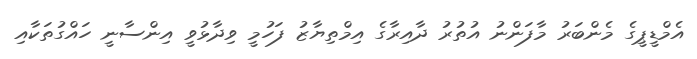
އެމްޑީޕީގެ މެންބަރު މާފަންނު އުތުރު ދާއިރާގެ އިމްތިޔާޒު ފަހުމީ ވިދާޅުވީ އިންސާނީ ހައްގުތަކާއި